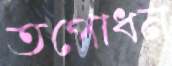
তপোধন